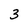
Character: 3